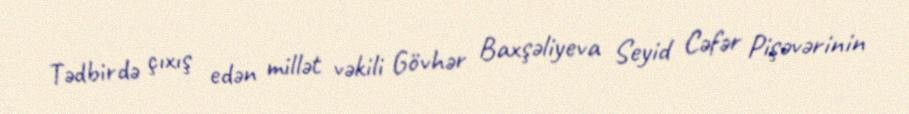
Tədbirdə çıxış edən millət vəkili Gövhər Baxşəliyeva Seyid Cəfər Pişəvərinin